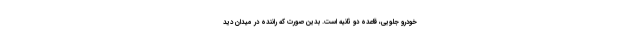
خودرو جلویی، قاعده دو ثانیه است. بدین صورت که راننده در میدان دید